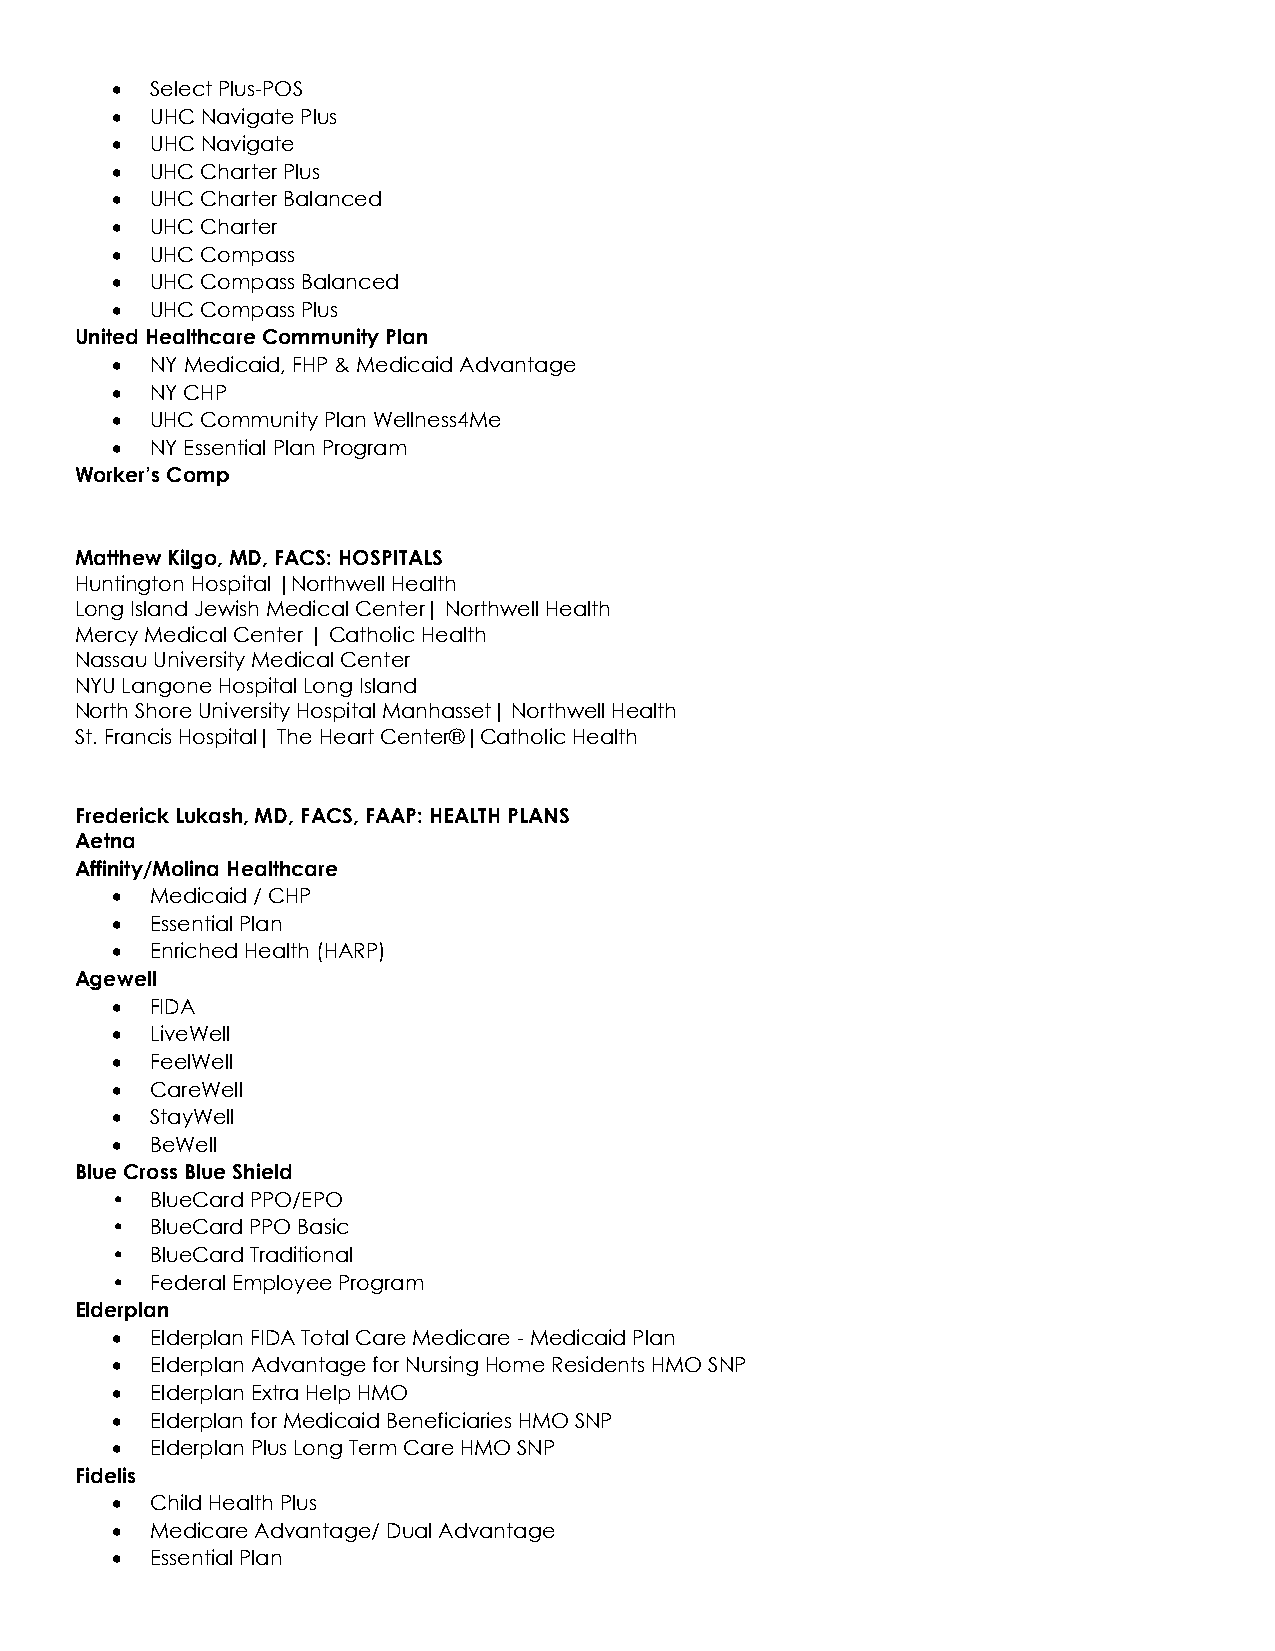
•  Select Plus-POS
 •  UHC Navigate Plus
 •  UHC Navigate
 •  UHC Charter Plus
 •  UHC Charter Balanced
 •  UHC Charter
 •  UHC Compass
 •  UHC Compass Balanced
 •  UHC Compass Plus
 United Healthcare Community Plan
 •  NY Medicaid, FHP & Medicaid Advantage
 •  NY CHP
 •  UHC Community Plan Wellness4Me
 •  NY Essential Plan Program
 Worker’s Comp
 Matthew Kilgo, MD, FACS: HOSPITALS
 Huntington Hospital |Northwell Health
 Long Island Jewish Medical Center| Northwell Health
 Mercy Medical Center | Catholic Health
 Nassau University Medical Center
 NYU Langone Hospital Long Island
 North Shore University Hospital Manhasset| Northwell Health
 St. Francis Hospital| The Heart Center®|Catholic Health
 Frederick Lukash, MD, FACS, FAAP: HEALTH PLANS
 Aetna
 Affinity/Molina Healthcare
 •  Medicaid / CHP
 •  Essential Plan
 •  Enriched Health (HARP)
 Agewell
 •  FIDA
 •  LiveWell
 •  FeelWell
 •  CareWell
 •  StayWell
 •  BeWell
 Blue Cross Blue Shield
 •  BlueCard PPO/EPO
 •  BlueCard PPO Basic
 •  BlueCard Traditional
 •  Federal Employee Program
 Elderplan
 •  Elderplan FIDA Total Care Medicare - Medicaid Plan
 •  Elderplan Advantage for Nursing Home Residents HMO SNP
 •  Elderplan Extra Help HMO
 •  Elderplan for Medicaid Beneficiaries HMO SNP
 •  Elderplan Plus Long Term Care HMO SNP
 Fidelis
 •  Child Health Plus
 •  Medicare Advantage/ Dual Advantage
 •  Essential Plan